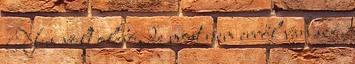
Nem volt olcsó, de most nem erről van szó.